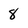
Character: 8